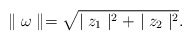
\begin{align*}\parallel\omega\parallel = \sqrt{\mid z_1\mid^2+\mid z_2\mid^2}.\end{align*}